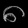
Digit: ၈